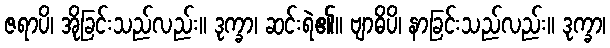
ဇရာပိ၊ အိုခြင်းသည်လည်း။ ဒုက္ခာ၊ ဆင်းရဲ၏။ ဗျာဓိပိ၊ နာခြင်းသည်လည်း။ ဒုက္ခာ၊